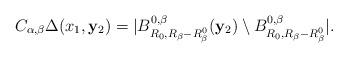
LaTeX: \begin{align*}C_{\alpha, \beta} \Delta (x_1, {\bf y}_2) = |B_{R_0, R_\beta - R^0_\beta}^{0,\beta} ({\bf y}_2) \setminus B_{R_0, R_\beta - R^0_\beta}^{0,\beta}|.\end{align*}